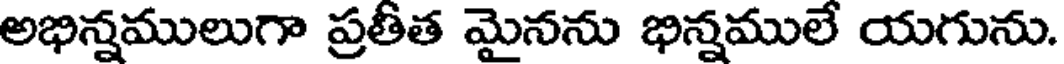
అభిన్నములుగా ప్రతీత మైనను భిన్నములే యగును.